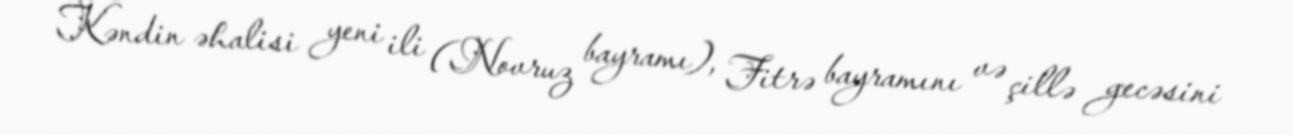
Kəndin əhalisi yeni ili (Novruz bayramı), Fitrə bayramını və çillə gecəsini